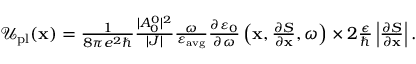
\begin{array} { r } { \mathcal { U } _ { \mathrm { p l } } ( \mathbf { x } ) = \frac { 1 } { 8 \pi e ^ { 2 } \hbar } \frac { | A _ { 0 } ^ { 0 } | ^ { 2 } } { | J | } \frac { \omega } { \varepsilon _ { \mathrm { a v g } } } \frac { \partial \varepsilon _ { 0 } } { \partial \omega } \left( \mathbf { x } , \frac { \partial S } { \partial \mathbf { x } } , \omega \right) \times 2 \frac { \epsilon } { \hbar } \left| \frac { \partial S } { \partial \mathbf { x } } \right| . } \end{array}